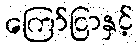
ကြော်ငြာနှင့်